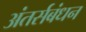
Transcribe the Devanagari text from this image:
अंतर्सबंधन